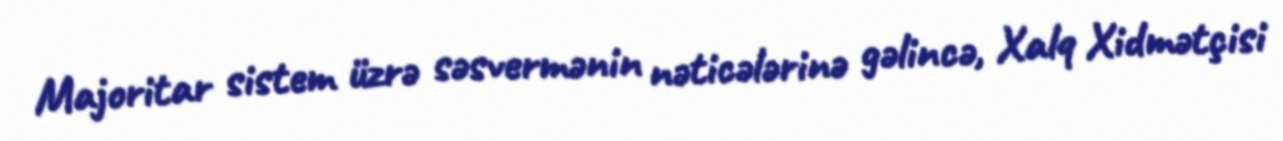
Majoritar sistem üzrə səsvermənin nəticələrinə gəlincə, Xalq Xidmətçisi